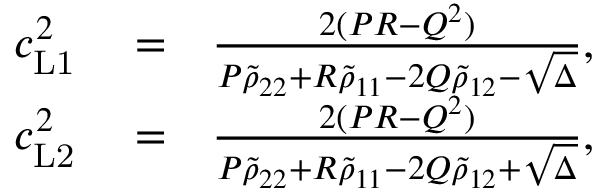
\begin{array} { r l r } { c _ { \mathrm { L 1 } } ^ { 2 } } & { { } = } & { \frac { 2 ( P R - Q ^ { 2 } ) } { P \tilde { \rho } _ { 2 2 } + R \tilde { \rho } _ { 1 1 } - 2 Q \tilde { \rho } _ { 1 2 } - \sqrt { \Delta } } , } \\ { c _ { \mathrm { L 2 } } ^ { 2 } } & { { } = } & { \frac { 2 ( P R - Q ^ { 2 } ) } { P \tilde { \rho } _ { 2 2 } + R \tilde { \rho } _ { 1 1 } - 2 Q \tilde { \rho } _ { 1 2 } + \sqrt { \Delta } } , } \end{array}